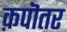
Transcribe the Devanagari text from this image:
क़पॊतर